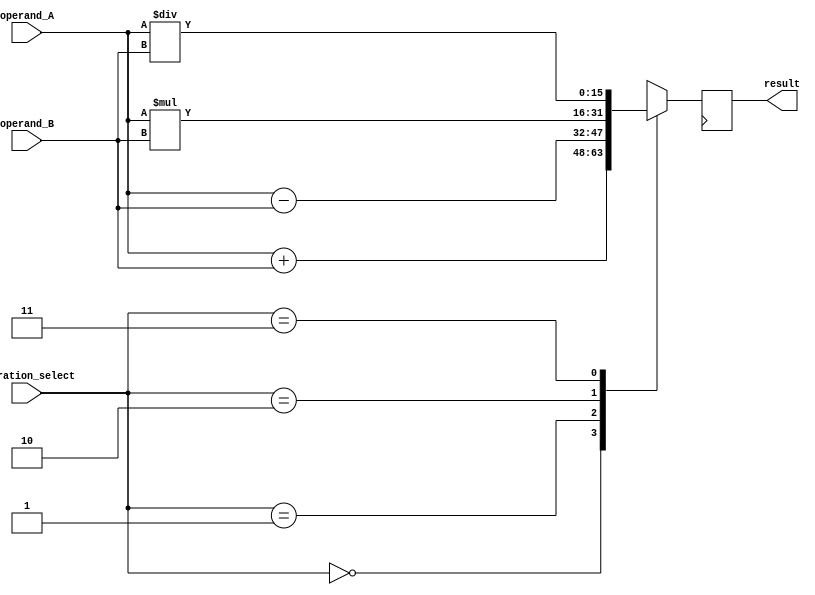
module FixedPoint_FloatingPoint_Unit(
    input wire [15:0] operand_A,
    input wire [15:0] operand_B,
    input wire [1:0] operation_select,
    output reg [15:0] result
);

reg [15:0] intermediate_result;

always @(*)
begin
    case(operation_select)
        2'b00: intermediate_result = operand_A + operand_B; // addition
        2'b01: intermediate_result = operand_A - operand_B; // subtraction
        2'b10: intermediate_result = operand_A * operand_B; // multiplication
        2'b11: intermediate_result = operand_A / operand_B; // division
    endcase
end

always @(posedge clk)
begin
    result <= intermediate_result;
end

endmodule